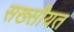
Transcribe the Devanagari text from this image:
सख्सीयत